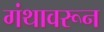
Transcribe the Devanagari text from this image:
गंथावरून